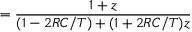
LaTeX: = { \frac { 1 + z } { ( 1 - 2 R C / T ) + ( 1 + 2 R C / T ) z } }